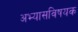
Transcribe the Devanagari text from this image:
अभ्यासविषयक